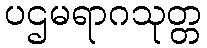
ပဌမရာဂသုတ္တ